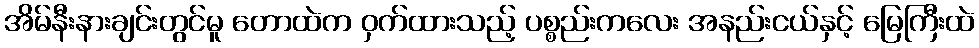
အိမ်နီးနားချင်းတွင်မူ တောထဲက ဝှက်ထားသည့် ပစ္စည်းကလေး အနည်းငယ်နှင့် မြေကြီးထဲ